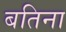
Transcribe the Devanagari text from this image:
बतिना